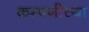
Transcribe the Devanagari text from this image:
कम्पनीच्या